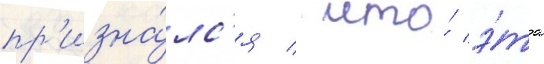
пр'изна́лс'я / что́ э́та